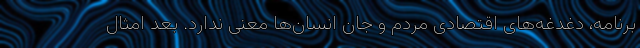
برنامه، دغدغه‌های اقتصادی مردم و جان انسان‌ها معنی ندارد. بعد امثال